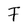
Character: F